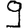
Digit: 9